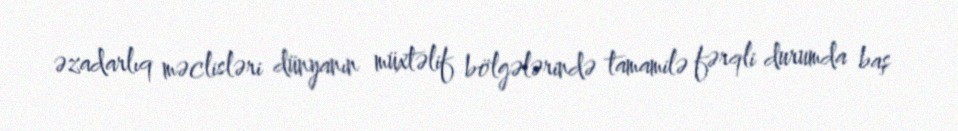
əzadarlıq məclisləri dünyanın müxtəlif bölgələrində tamamilə fərqli durumda baş